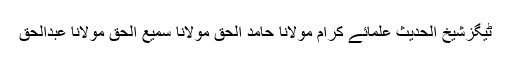
ٹیگزشیخ الحدیث علمائے کرام مولانا حامد الحق مولانا سمیع الحق مولانا عبدالحق